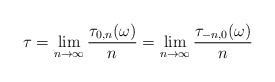
\begin{align*}\tau = \lim_{n\to\infty} \frac{\tau_{0,n}(\omega)} n = \lim_{n\to \infty} \frac{\tau_{-n,0}(\omega)} n \end{align*}